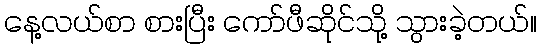
နေ့လယ်စာ စားပြီး ကော်ဖီဆိုင်သို့ သွားခဲ့တယ်။